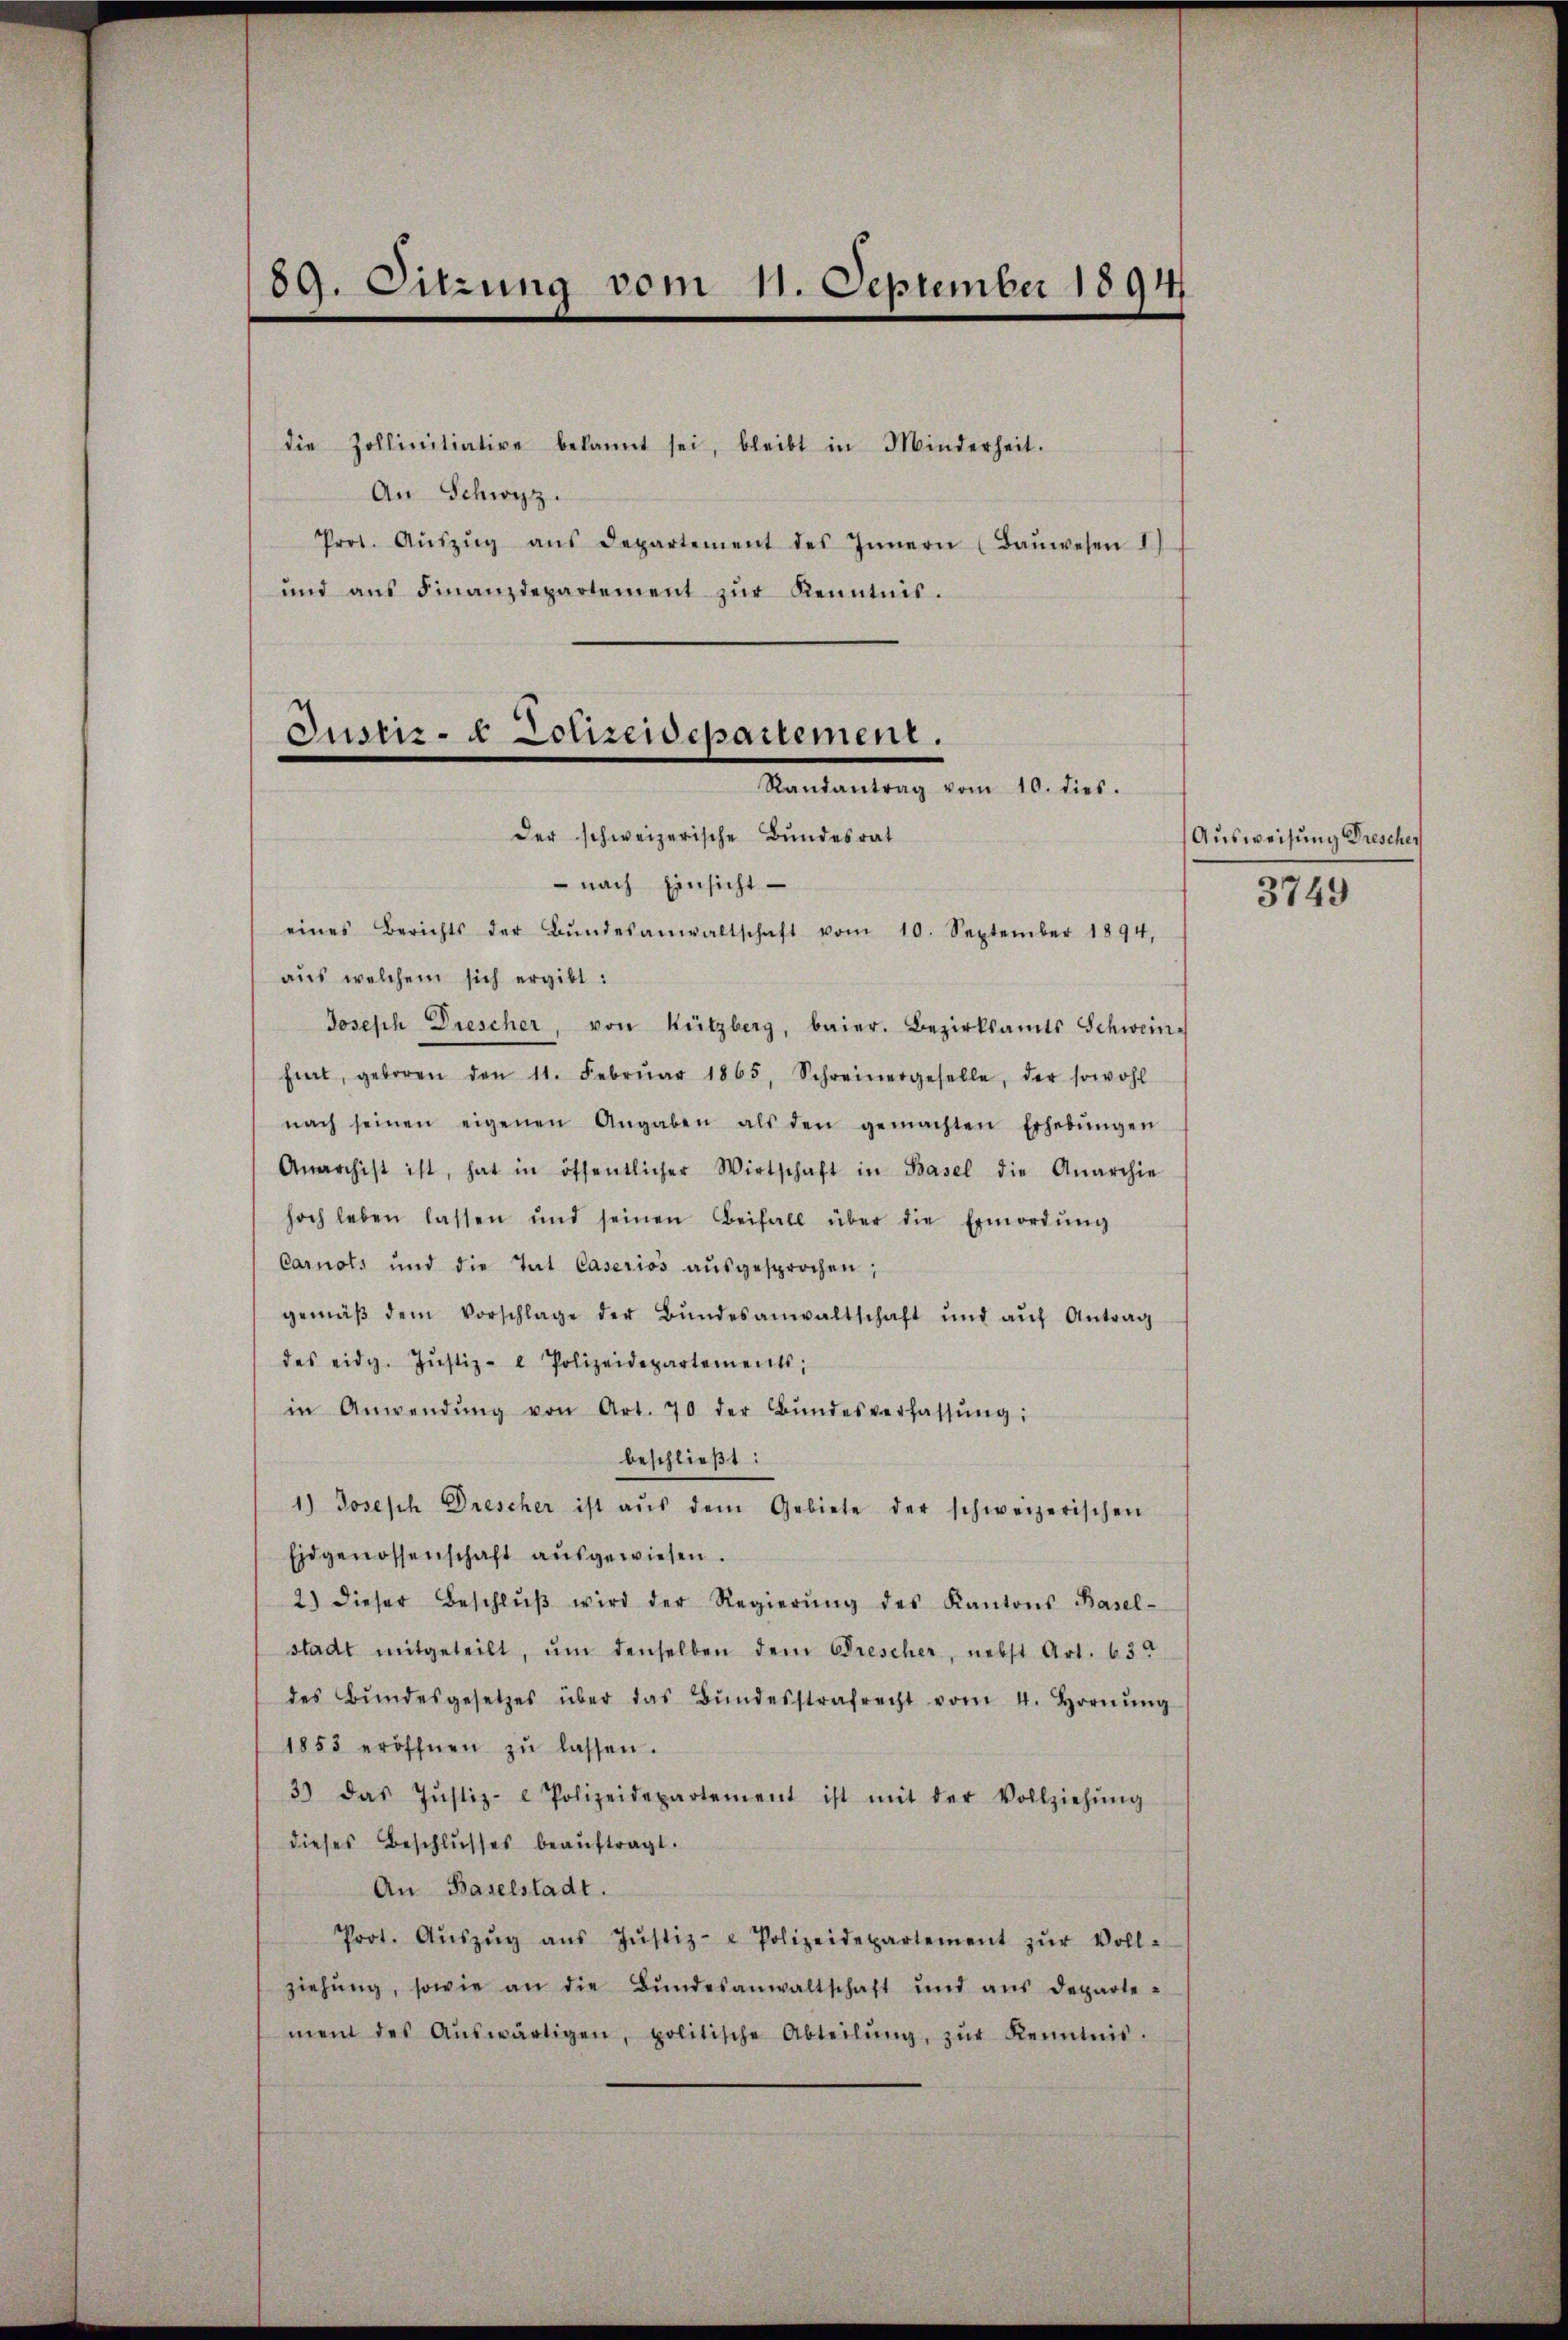
89. Sitzung vom 11. September 1891

die Zollinitiative bekannt sei, bleibt in Minderheit.
An Schwyz.
Prot. Aŭszŭg aŭs Departement des Innern (Baŭwesen I
und ans Finanzdepartement zŭr Kenntnis.

Iunir- & Lohrendepartement.
Kanalantrag vom 10. Jur.
Der schweizerische Bundesrat

nach Einsicht
eines Berichts der Bŭndesanwaltschaft vom 10. September 1894,
aus welchem sich ergibt:
Joseph Drescher, von Kitzberg, baier. Bezirksamts Schwein-
fiert, geboren den 11. Febrŭar 1865, Schreinergeselle, der sowohl
nach seinen eigenen Angaben als den gemachten Erhebŭngen
Anarchist ist, hat in öffentlicher Wirtschaft in Basel die Anarchie
hoch leben lassen und seinen Beifall über die Ermordŭng
Carnots und die Tat Caserios aŭsgesprochen;
gemäβ dem Vorschlage der Bŭndesanwaltschaft und aŭf Antrag
des eidg. Jŭstiz- Polizeidepartements;
in Anwendŭng von Art. 70 der Bŭndesverfassŭng:
beschließt:
1.) Joseph Drescher ist aŭs dem Gebiete der schweizerischen
Eidgenossenschaft aŭsgewiesen.
2) dieser Beschlŭβ wird der Regierŭng des Kantons Basel-
stadt mitgeteilt, ŭm denselben dem Drescher, nebst Art. 63.
des Bŭndesgesetzes über das Bŭndesstrafrecht vom 4. Hornŭng
1853 eröffnen zŭ lassen.
3) das Justiz- Polizeidepartement ist mit der Vollziehŭng
dieses Beschlŭsses beaŭftragt.
An Baselstadt.
Prot. Aŭszŭg aŭs Jŭstiz- & Polizeidepartement zŭr Voll-
ziehŭng, sowie an die Bŭndesanwaltschaft und aus departe-
ment des Aŭswärtigen, politische Abteilŭng, zŭr Kenntnis.

Ausweisung Drescher
3749